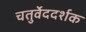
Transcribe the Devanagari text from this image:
चतुर्वेददर्शक